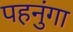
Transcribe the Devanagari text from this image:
पहनुंगा